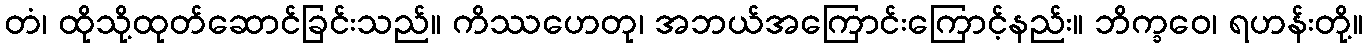
တံ၊ ထိုသို့ထုတ်ဆောင်ခြင်းသည်။ ကိဿဟေတု၊ အဘယ်အကြောင်းကြောင့်နည်း။ ဘိက္ခဝေ၊ ရဟန်းတို့။